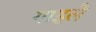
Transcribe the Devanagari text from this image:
गाइले